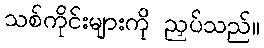
သစ်ကိုင်းများကို ညှပ်သည်။